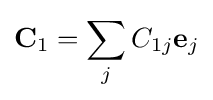
{\textbf {C}}_{1}=\sum _{j}C_{1j}{\textbf {e}}_{j}